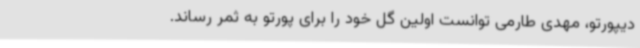
دیپورتو، مهدی طارمی توانست اولین گل خود را برای پورتو به ثمر رساند.